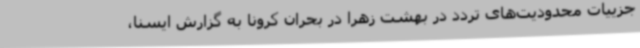
جزییات محدودیت‌های تردد در بهشت زهرا در بحران کرونا به گزارش ایسنا،